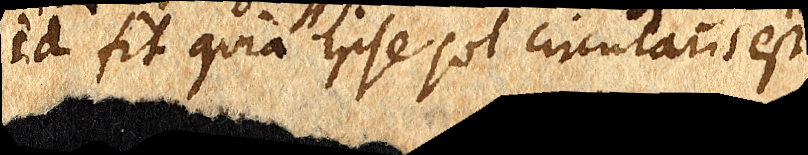
id fit quia ipse sol circularis est,